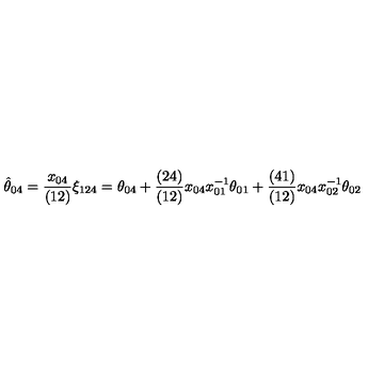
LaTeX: \hat { \theta } _ { 0 4 } = { \frac { x _ { 0 4 } } { ( 1 2 ) } } \xi _ { 1 2 4 } = \theta _ { 0 4 } + { \frac { ( 2 4 ) } { ( 1 2 ) } } x _ { 0 4 } x _ { 0 1 } ^ { - 1 } \theta _ { 0 1 } + { \frac { ( 4 1 ) } { ( 1 2 ) } } x _ { 0 4 } x _ { 0 2 } ^ { - 1 } \theta _ { 0 2 }